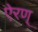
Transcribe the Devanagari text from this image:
ऐरण्